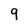
Character: 9